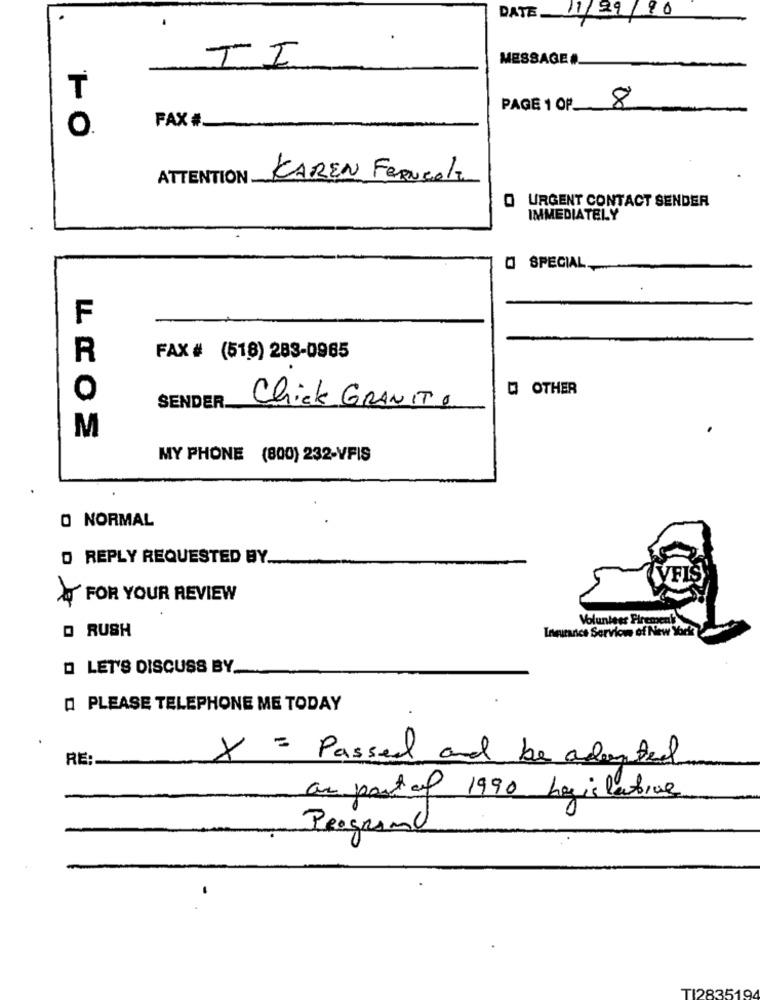
DATE 11/29/90
MESSAGE #
TI
₸
PAGE 1 OP.
8
O.
FAX #
ATTENTION
KAREN FERNcol
O URGENT CONTACT SENDER
IMMEDIATELY
O SPECIAL
F
R
FAX # (518) 283-0965
O OTHER
O
SENDER.
Chick GRANITO
M
MY PHONE (800) 232-VFIS
O NORMAL
O REPLY REQUESTED BY ..
VFIS
FOR YOUR REVIEW
Volunteer Pirement
Q RUSH
Insurance Services of New York
LET'S DISCUSS BY.
[ PLEASE TELEPHONE ME TODAY
RE:
X = Passed and be adopted
as part of 1990 hasislatives
Programo
TI283519